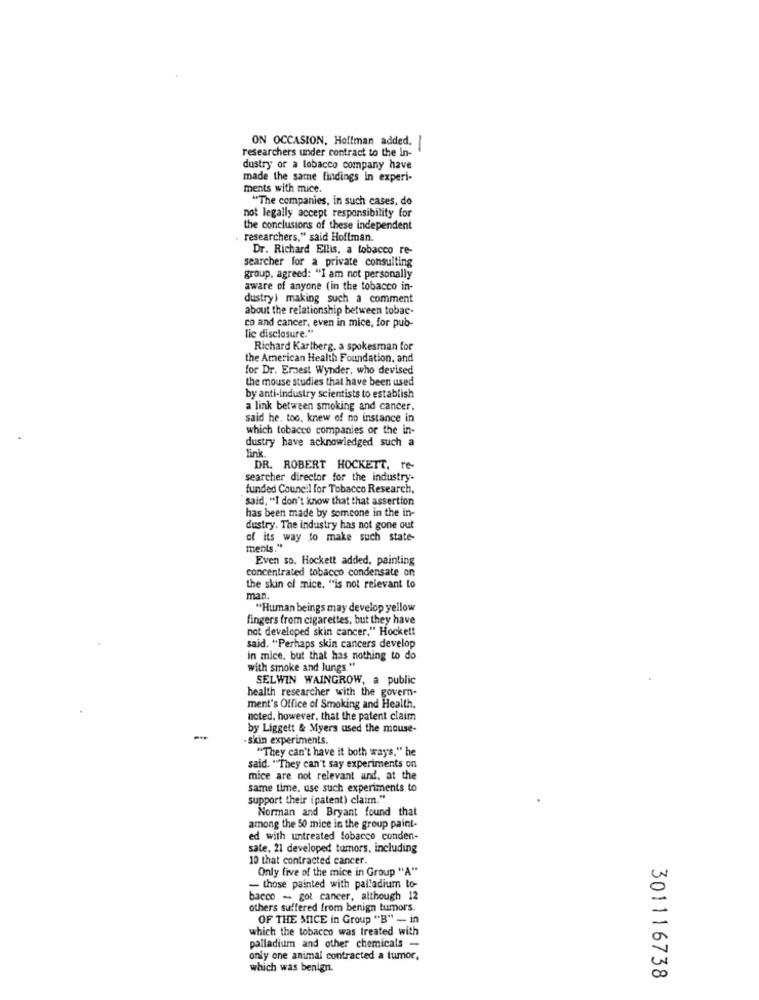
ON OCCASION, Hoffman added,
researchers under contract to the In-
dustry or a lobacco company have
made the same findings in experi-
ments with mice.
"The companies, in such cases, do
not legally accept responsibility for
the conclusions of these independent
researchers," said Hoffman.
Dr. Richard Ellis, a tobacco re-
searcher for a private consulting
group, agreed: "I am not personally
aware of anyone (in the tobacco in-
dustry) making such a comment
about the relationship between tobac-
co and cancer, even in mice, for pub-
lic disclosure."
Richard Karlberg. a spokesman for
the American Health Foundation, and
for Dr. Ernest Wynder, who devised
the mouse studies that have been used
by anti-Industry scientists to establish
a link between smoking and cancer.
said he, too, knew of no instance in
which tobacco companies or the in-
dustry have acknowledged such a
link
DR. ROBERT HOCKETT, re-
searcher director for the industry-
funded Council for Tobacco Research,
said, "I don't know that that assertion
has been made by someone in the in-
dustry. The industry has not gone out
of its way to make such state-
ments."
Even so. Hockett added, painting
concentrated tobacco condensate on
the skin of mice, "is not relevant to
man.
"Human beings may develop yellow
fingers from cigarettes, but they have
not developed skin cancer." Hockett
said. "Perhaps skin cancers develop
in mice, but that has nothing to do
with smoke and lungs "
SELWIN WAINGROW, a public
health researcher with the govern-
ment's Office of Smoking and Health.
noted, however, that the patent claim
by Liggett & Myers used the mouse-
skin experiments.
"They can't have it both ways," he
said. "They can't say experiments on
mice are not relevant and, at the
same time. use such experiments to
support their (patent) claim."
Norman and Bryant found that
among the 50 mice in the group paint-
ed with untreated tobacco conden-
sale, 21 developed tumors, including
10 that contracted cancer.
Only five of the mice in Group "A"
- those painted with palladium to-
bacco - got cancer, although 12
others suffered from benign tumors.
OF THE MICE in Group "B" --- in
which the tobacco was treated with
palladium and other chemicals -
only one animal contracted a tumor,
which was benign.
301116738